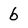
Character: 6